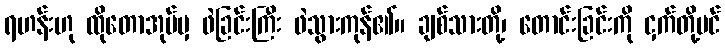
ရဟန်းဟု ထိုတောအုပ်မှ ဖဲခြင်းကြီး ဖဲသွားကုန်၏။ ချစ်သားတို့၊ တောင်းခြင်းကို ငှက်တို့ပင်